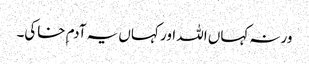
ورنہ کہاں اللہ اور کہاں یہ آدم ِخاکی۔